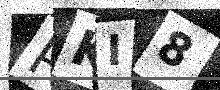
Text: PKI8